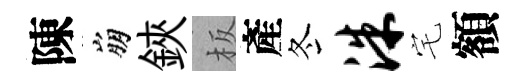
陳崩鋏板產冬洙宅額